Civil Veterinary Dept. Assam report 1927-50 - 1927-1950
Year: 1927
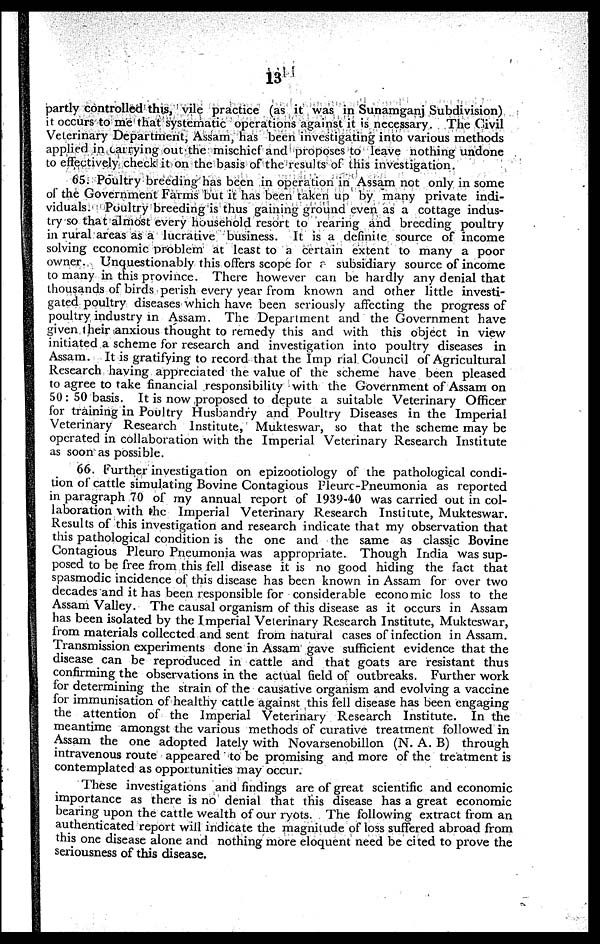
13
partly controlled this, vile practice (as it was in Sunamganj Subdivision)
it occurs to me that systematic operations against it is necessary. The Civil
Veterinary Department, Assam, has been investigating into various methods
applied in carrying out the mischief and proposes to leave nothing undone
to effectively check it on the basis of the results of this investigation.
65. Poultry breeding has been in operation in Assam not only in some
of the Government Farms but it has been taken up by many private indi-
viduals. Poultry breeding is thus gaining ground even as a cottage indus-
try so that almost every household resort to rearing and breeding poultry
in rural areas as a lucrative business. It is a definite source of income
solving economic problem at least to a certain extent to many a poor
owner. Unquestionably this offers scope for a subsidiary source of income
to many in this province. There however can be hardly any denial that
thousands of birds perish every year from known and other little investi-
gated poultry diseases which have been seriously affecting the progress of
poultry industry in Assam. The Department and the Government have
given their anxious thought to remedy this and with this object in view
initiated a scheme for research and investigation into poultry diseases in
Assam. It is gratifying to record that the Imp rial Council of Agricultural
Research having appreciated the value of the scheme have been pleased
to agree to take financial responsibility with the Government of Assam on
50: 50 basis. It is now proposed to depute a suitable Veterinary Officer
for training in Poultry Husbandry and Poultry Diseases in the Imperial
Veterinary Research Institute, Mukteswar, so that the scheme may be
operated in collaboration with the Imperial Veterinary Research Institute
as soon as possible.
66. Further investigation on epizootiology of the pathological condi-
tion of cattle simulating Bovine Contagious Fleure-Pneumonia as reported
in paragraph 70 of my annual report of 1939-40 was carried out in col-
laboration with the Imperial Veterinary Research Institute, Mukteswar.
Results of this investigation and research indicate that my observation that
this pathological condition is the one and the same as classic Bovine
Contagious Pleuro Pneumonia was appropriate. Though India was sup-
posed to be free from this fell disease it is no good hiding the fact that
spasmodic incidence of this disease has been known in Assam for over two
decades and it has been responsible for considerable economic loss to the
Assam Valley. The causal organism of this disease as it occurs in Assam
has been isolated by the Imperial Veterinary Research Institute, Mukteswar,
from materials collected and sent from natural eases of infection in Assam.
Transmission experiments done in Assam gave sufficient evidence that the
disease can be reproduced in cattle and that goats are resistant thus
confirming the observations in the actual field of outbreaks. Further work
for determining the strain of the causative organism and evolving a vaccine
for immunisation of healthy cattle against this fell disease has been engaging
the attention of the Imperial Veterinary Research Institute. In the
meantime amongst the various methods of curative treatment followed in
Assam the one adopted lately with Novarsenobillon (N. A. B) through
intravenous route appeared to be promising and more of the treatment is
contemplated as opportunities may occur.
These investigations and findings are of great scientific and economic
importance as there is no denial that this disease has a great economic
bearing upon the cattle wealth of our ryots. The following extract from an
authenticated report will indicate the magnitude of loss suffered abroad from
this one disease alone and nothing more eloquent need be cited to prove the
seriousness of this disease.